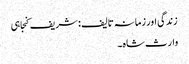
زندگی اور زمانہ تالیف : شریف کنجاہی
وارث شاہ ۔